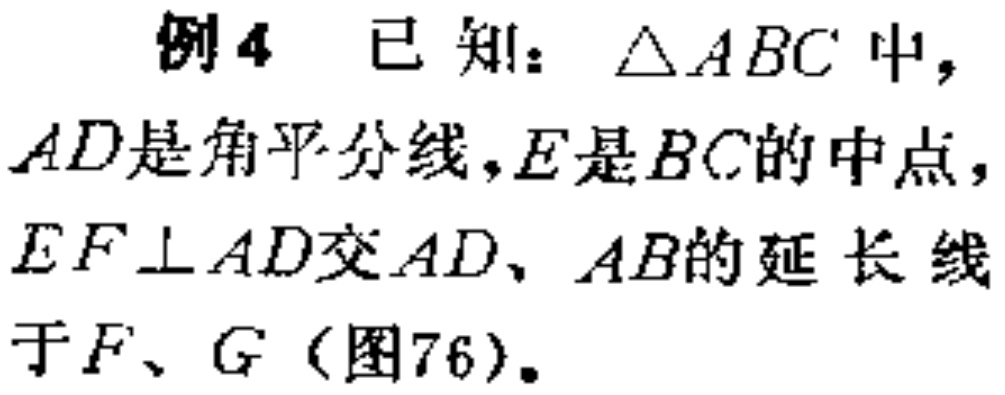
例4 已知：$\triangle ABC$中，$AD$是角平分线，$E$是$BC$的中点，$EF\perp AD$交$AD$、$AB$的延长线于$F$、$G$（图76）。